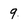
Character: 9